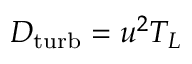
D _ { \mathrm { t u r b } } = u ^ { 2 } T _ { L }